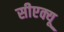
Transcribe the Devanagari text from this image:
सीएक्यू